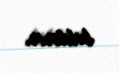
bildirir.